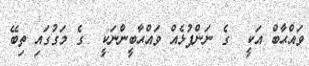
ވައްޙާބް އަކީ  ގެ ނަންފުޅެއް ވައްޙާބީންނަކީ  ގެ މަގުގައި ތިބޭ